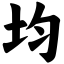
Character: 均